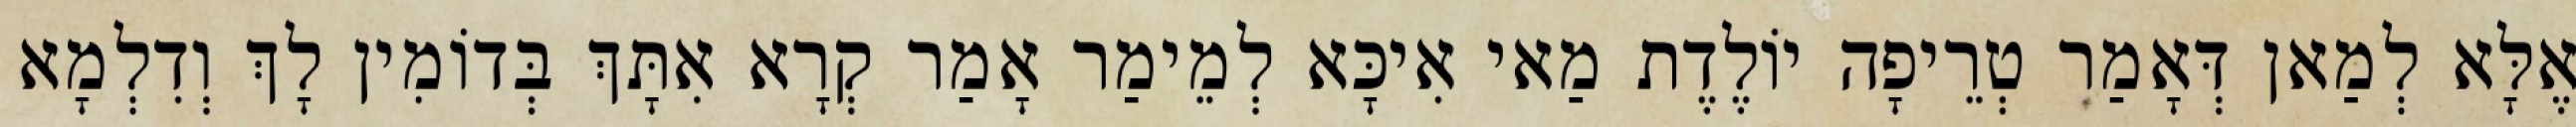
אֶלָּא לְמַאן דְּאָמַר טְרֵיפָה יוֹלֶדֶת מַאי אִיכָּא לְמֵימַר אָמַר קְרָא אִתָּךְ בְּדוֹמִין לָךְ וְדִלְמָא